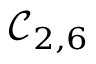
\mathcal { C } _ { 2 , 6 }